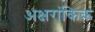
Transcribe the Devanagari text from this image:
अक्षरांकिक